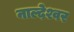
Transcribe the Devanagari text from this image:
नाल्देश्वर